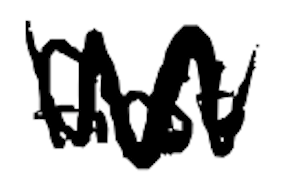
Text: first
Cross-out: mix
Writing tool: digital_black